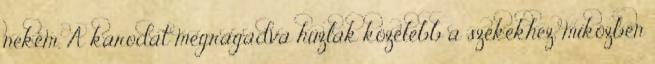
nekem. A karodat megragadva húzlak közelebb a székekhez, miközben